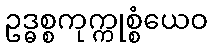
ဥဒ္ဓစ္စကုက္ကုစ္စံယေဝ